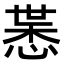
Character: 𢜨